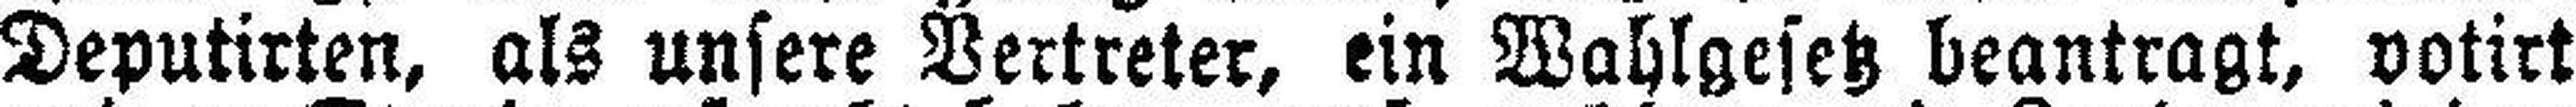
Deputirten, als unsere Vertreter, ein Wahlgesetz beantragt, votirt